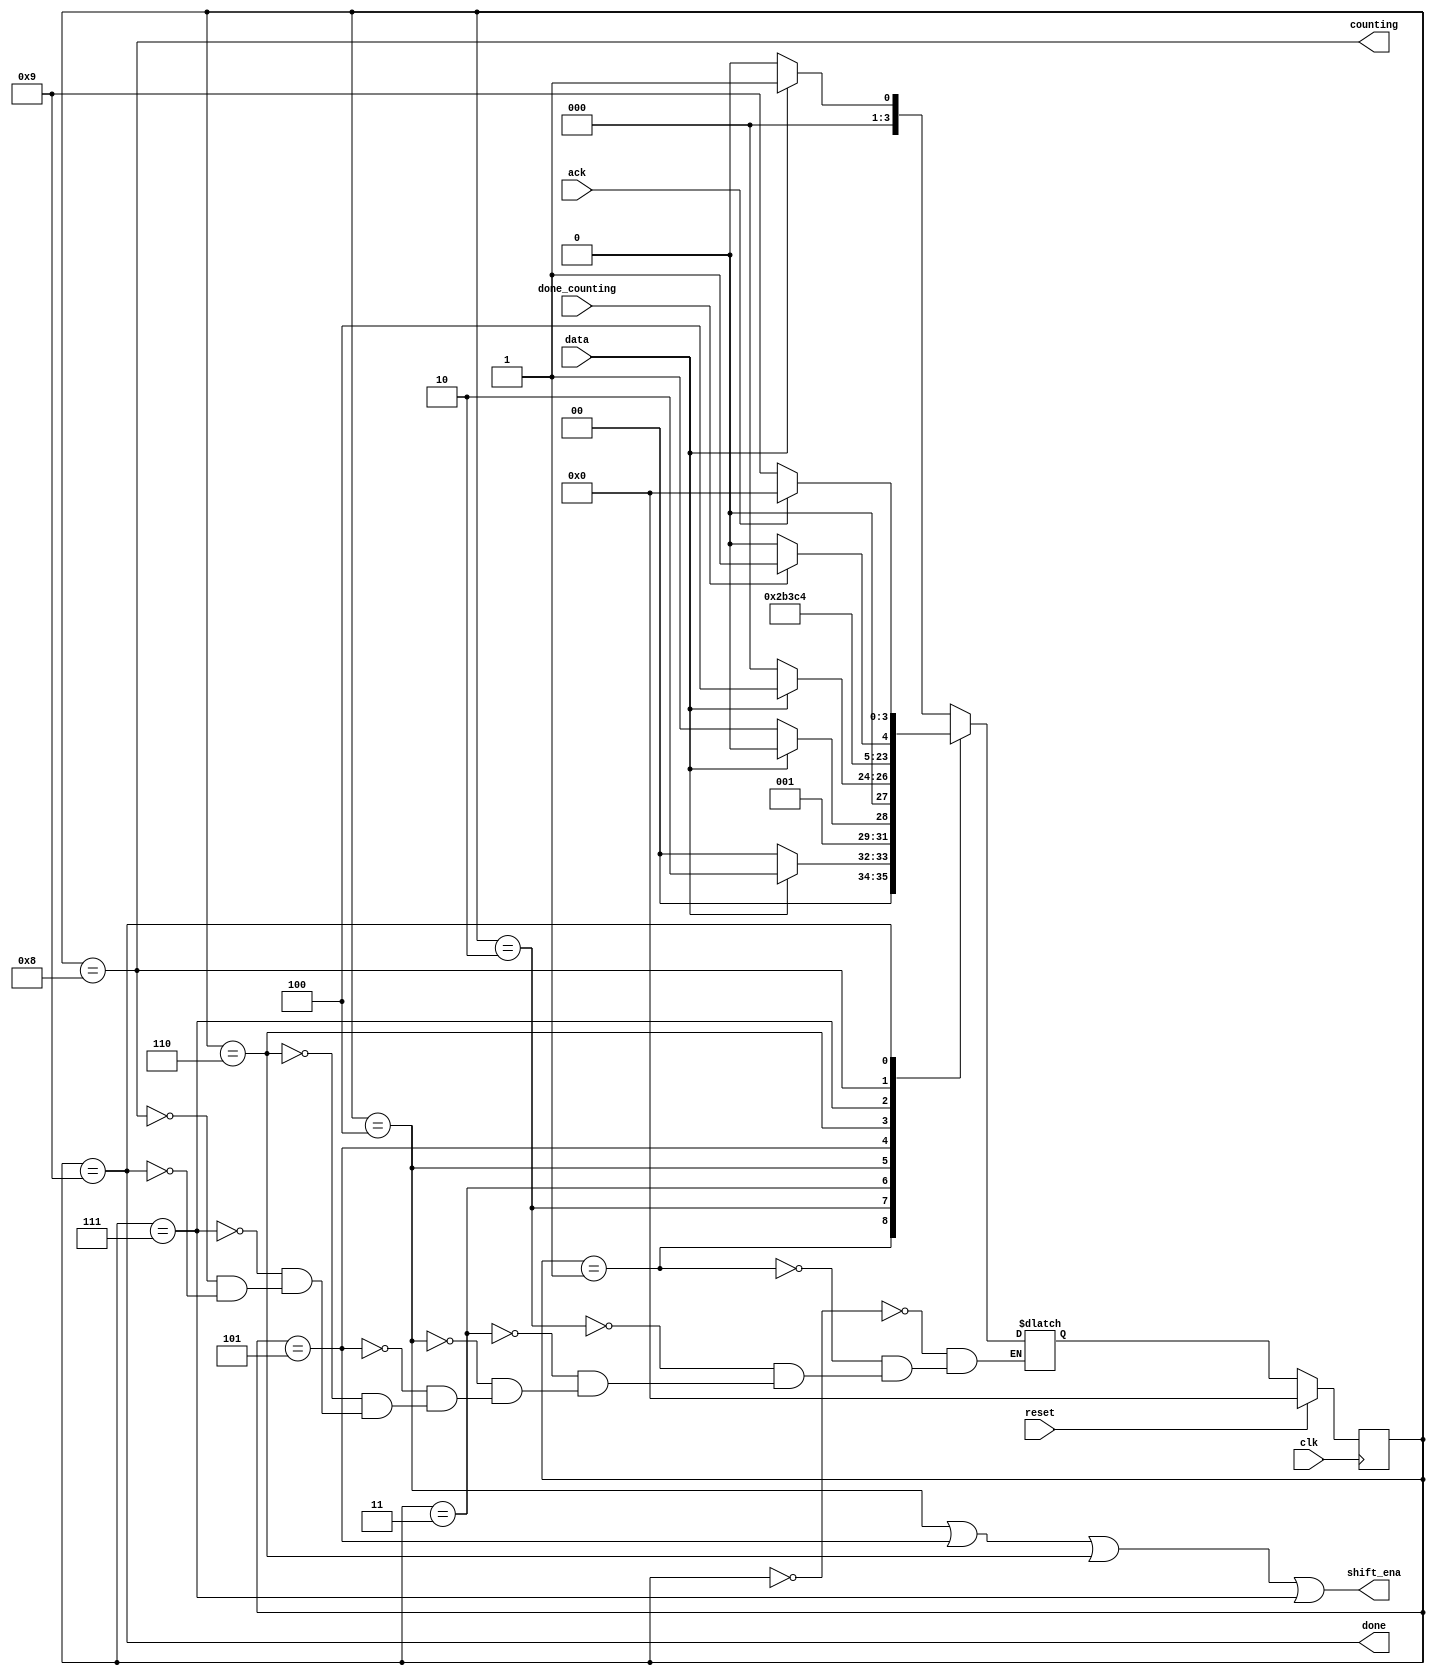
/*
This is the fourth component in a series of five exercises that
builds a complex counter out of several smaller circuits.
See the final exercise for the overall design.

You may wish to do FSM: Enable shift register and FSM: Sequence recognizer first.

We want to create a timer that:

    1. is started when a particular pattern (1101) is detected,
    2. shifts in 4 more bits to determine the duration to delay,
    3. waits for the counters to finish counting, and
    4. notifies the user and waits for the user to acknowledge the timer.

In this problem, implement just the finite-state machine that controls the timer.
The data path (counters and some comparators) are not included here.

The serial data is available on the data input pin. When the pattern 1101 is received,
the state machine must then assert output shift_ena for exactly 4 clock cycles.

After that, the state machine asserts its counting output to indicate it is
waiting for the counters, and waits until input done_counting is high.

At that point, the state machine must assert done to notify the user the timer
has timed out, and waits until input ack is 1 before being reset to look for the
next occurrence of the start sequence (1101).

The state machine should reset into a state where it begins searching for the
input sequence 1101.

Here is an example of the expected inputs and outputs. The 'x' states may be
slightly confusing to read. They indicate that the FSM should not care about
that particular input signal in that cycle. For example, once a 1101 pattern
is detected, the FSM no longer looks at the data input until it resumes searching
after everything else is done.
*/

module top_module (
    input clk,
    input reset,      // Synchronous reset
    input data,
    output shift_ena,
    output counting,
    input done_counting,
    output done,
    input ack );
    
    parameter A=0, B=1, C=2, D=3, E0=4, E1=5, E2=6, E3=7, COUNT=8, WAIT=9;
    reg [3:0] state, next;
    
    always @ (*) begin
        case (state)
            A		: next = data ? B : A;
            B		: next = data ? C : A;
            C		: next = data ? C : D;
            D		: next = data ? E0 : A;
       		E0		: next = E1;
            E1		: next = E2;
            E2		: next = E3;
            E3		: next = COUNT;
            COUNT	: next = done_counting ? WAIT : COUNT;
            WAIT	: next = ack ? A : WAIT;
        endcase
    end
    
    always @ (posedge clk) begin
        if (reset)
            state <= A;
        else
            state <= next;
    end
    
    assign shift_ena = state == E0 | state == E1 | state == E2 | state == E3;
    assign counting = state == COUNT;
    assign done = state == WAIT;
    

endmodule